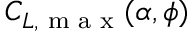
C _ { L , \textrm { m a x } } ( \alpha , \phi )